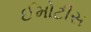
ઈમોટીસ